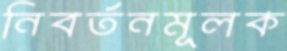
নিবর্তনমূলক